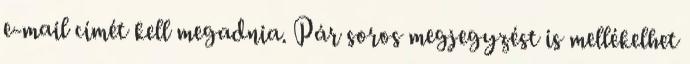
e-mail címét kell megadnia. Pár soros megjegyzést is mellékelhet